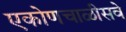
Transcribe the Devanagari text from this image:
एकोणचाळीसवे